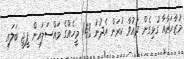
މުޒާހަރާއާ ގުޅިގެން ދައުވާ ކުރަން އެދުނު 143 މީހެއްގެ މައްސަލައިން ޕީޖީ ބަލައި